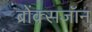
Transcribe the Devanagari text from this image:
ब्रोंक्सजॉन